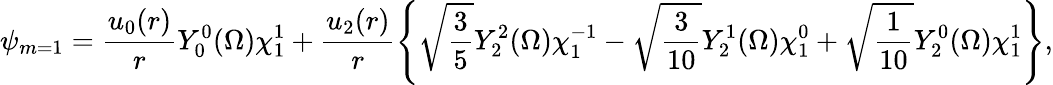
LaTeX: \psi_{m=1}=\frac{u_{0}(r)}{r}Y_{0}^{0}({\Omega})\chi_{1}^{1}+\frac{u_{2}(r)}{r}\left\{ \sqrt{\frac{3}{5}}Y_{2}^{2}({\Omega})\chi_{1}^{-1}-\sqrt{\frac{3}{10}}Y_{2}^{1}({\Omega})\chi_{1}^{0}+\sqrt{\frac{1}{10}}Y_{2}^{0}({\Omega})\chi_{1}^{1}\right\} ,